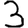
Digit: 3